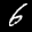
Label: 6